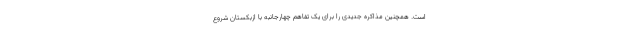
است. همچنین مذاکره جدیدی را برای یک تفاهم چهارجانبه با ازبکستان شروع